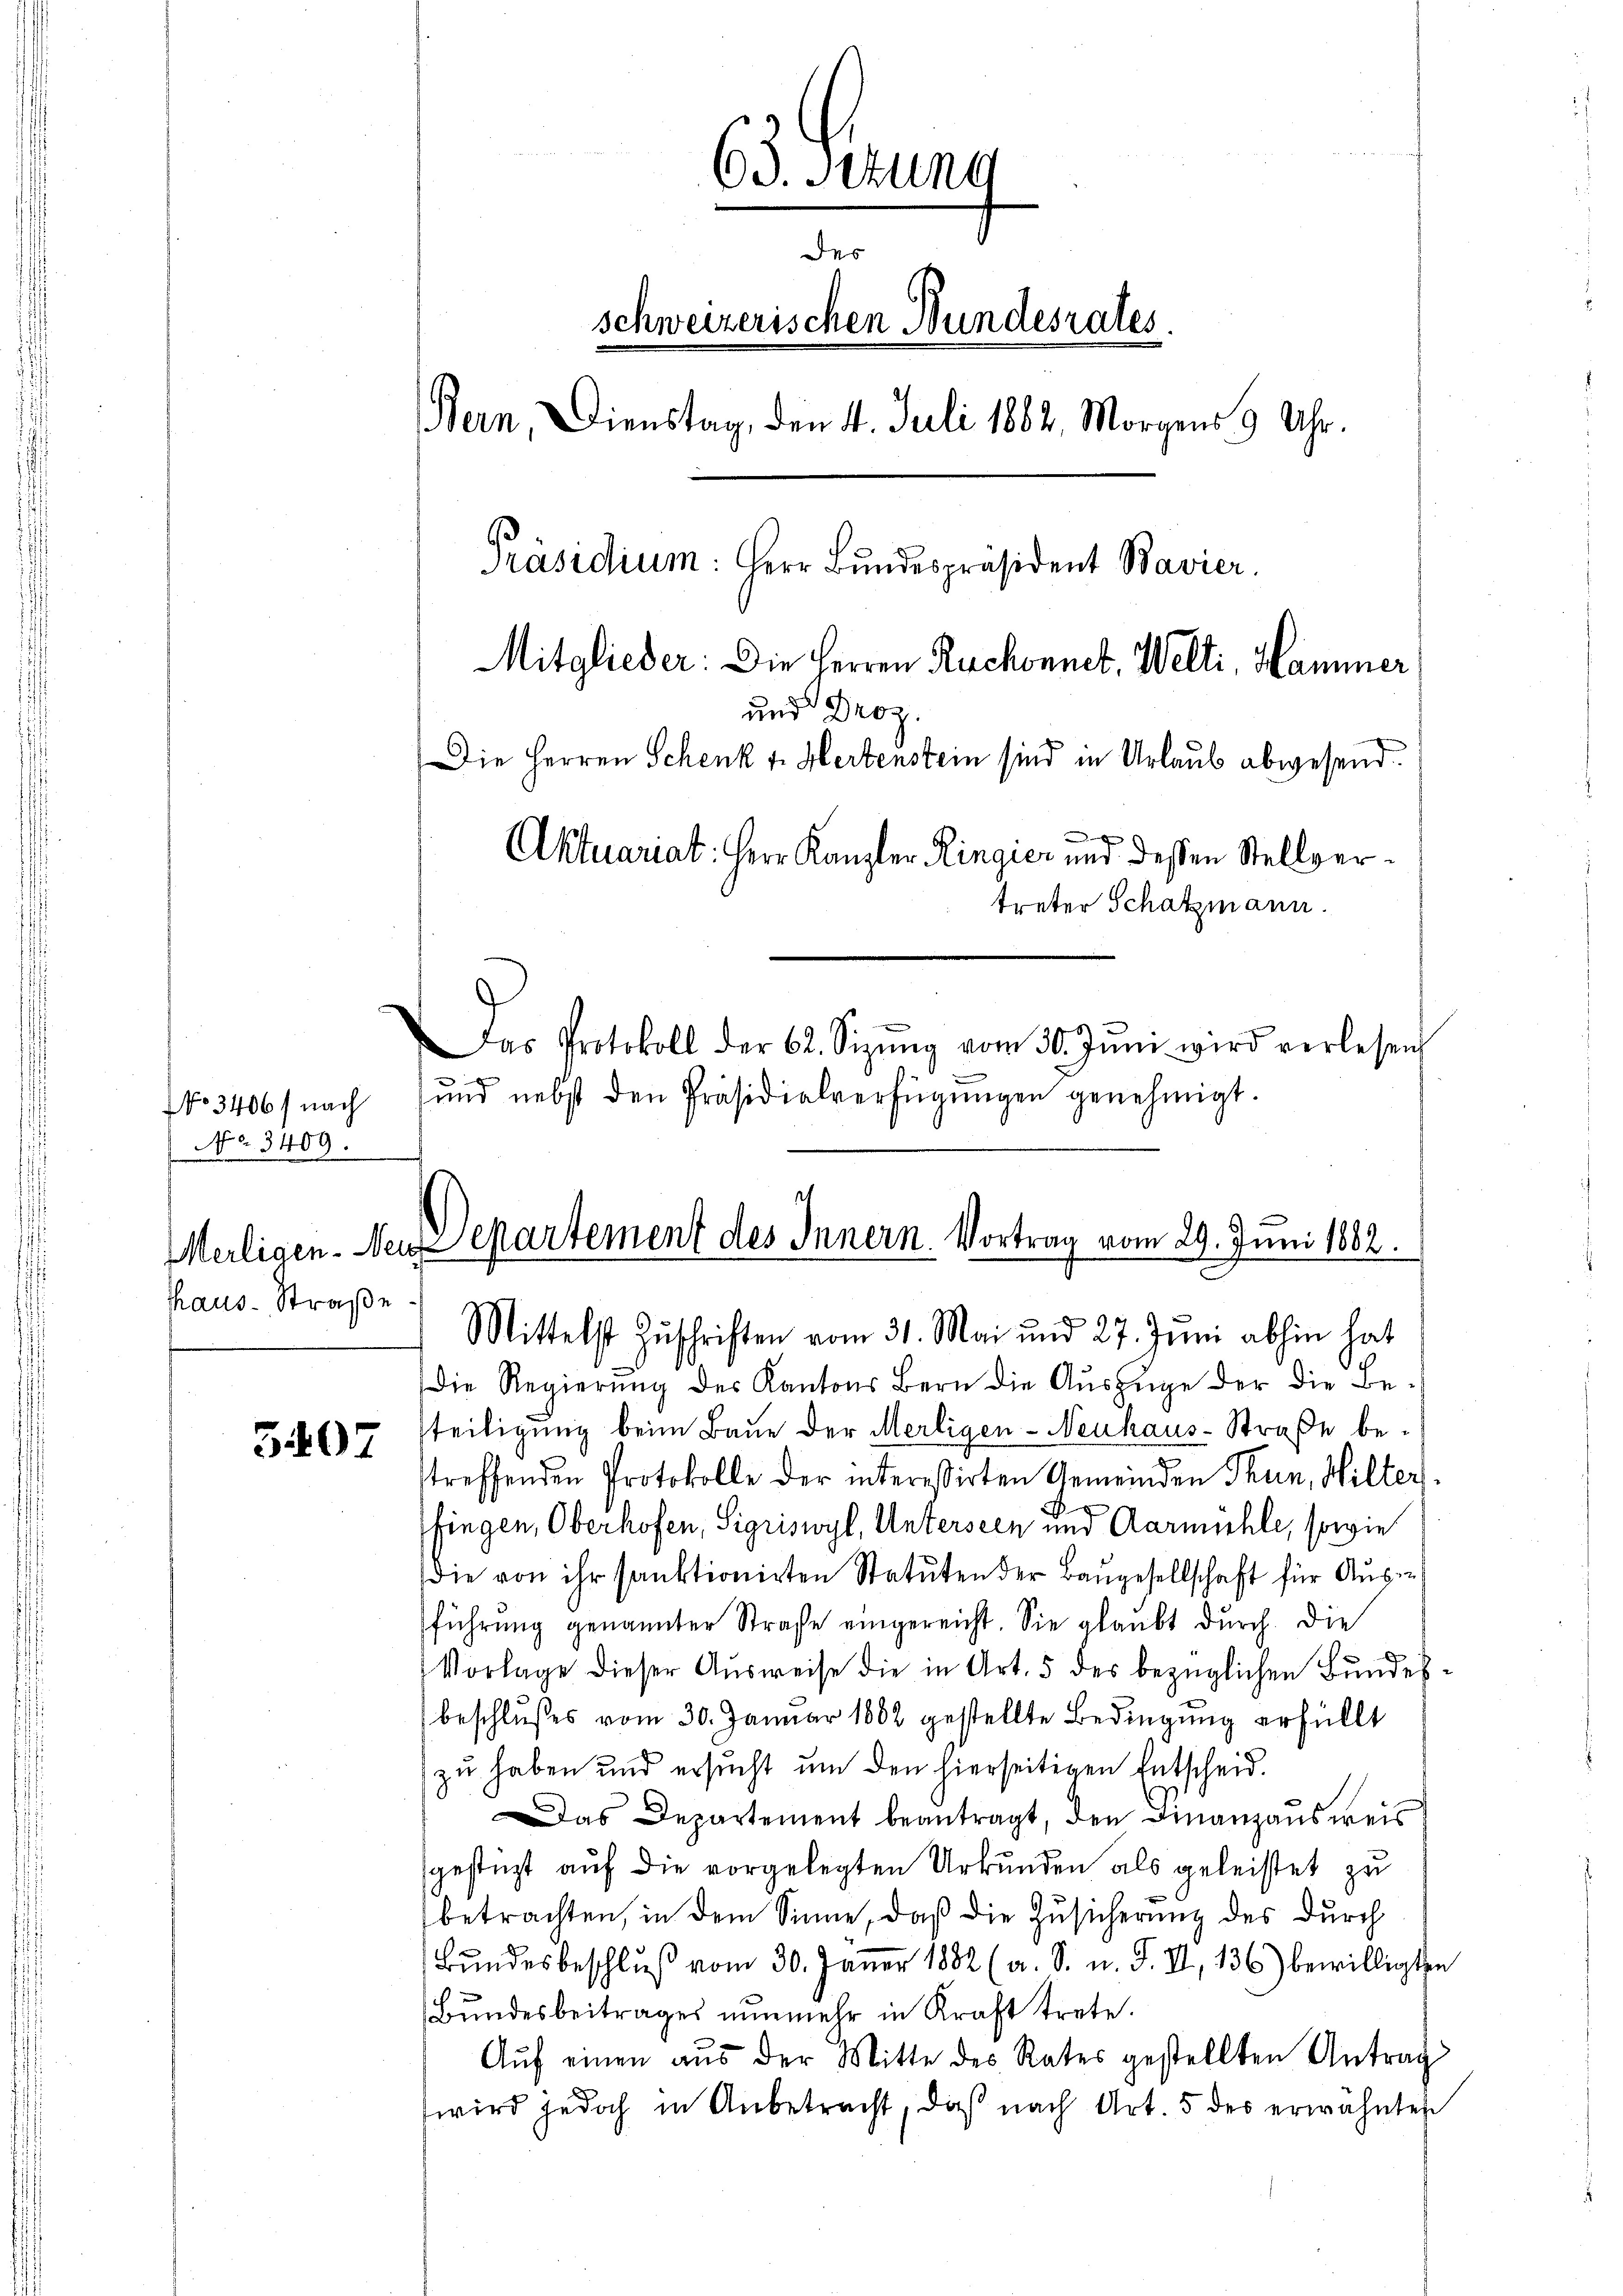
No. 3409.
Thaus-Straße

5407

63. stung
des
schweizerischen Bundesrates.
Bern, Dienstag, den 4. Juli 1882, Morgens 9 Uhr.
Präsidium: Herr Bundespräsident Bavier
Mitglieder: Die Herren Ruchonnet, Welti, Hammer
und Droz.
Die Herren Schenk v. Hertenstein sind in Urlaub abwesend.
x
Aktuariat: Herr Kanzler Ringier und dessen Stellvertreter Schatzmann.
Das Protokoll der 62. Sizŭng vom 30. Jŭni wird verlesen
No 3406/ nach und nebst den Präsidialverfügŭngen genehmigt.

Meiligen. Neu partement des Innern. Vortrag vom 29. Juni 1882.
Mittelst Zŭschriften vom 31. Mai und 27. Juni abhin hat

Die Regierŭng des Kantons Bern die Aŭszüge der die Be-
steiligung beim Baue der Merligen-Neuhaus-Straße bestreffenden Protokolle der intereßirten Gemeinden Thun, Wilter
fingen, Oberhofen, Sigriswyl, Unterseen und Aarmühle, sowie
die von ihr sanktionirten Statuten der Baugesellschaft für Ausführŭng genannter Strafe eingereicht. Sie glaubt durch die
Vorlage dieser Ausweise die in Art. 5 des bezüglichen Bundesbeschlußes vom 30. Januar 1882 gestellte Bedingung erfüllt
zu haben und ersucht um den hierseitigen Entscheid.
Das Departement beantragt, den Finanzausweis
gestüzt auf die vorgelegten Urkunden als geleistet zu
betrachten, in dem Sinne, daß die Zusicherung des durch
Bŭndesbeschlŭβ vom 30. Jäṅer 1882 (a. S. n. F. II, 136) bewilligten
Bŭndesbeitrages nŭnmehr in Kraft trete.
Aŭf einen aŭs der Mitte des Rates gestellten Antrag
wird jedoch in Anbetracht, daß nach Art. 5 des erwähnten